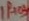
Text: IP+03